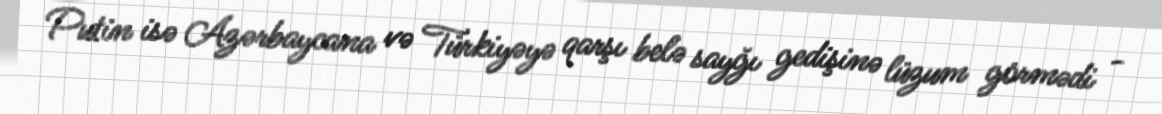
Putin isə Azərbaycana və Türkiyəyə qarşı belə sayğı gedişinə lüzum görmədi -